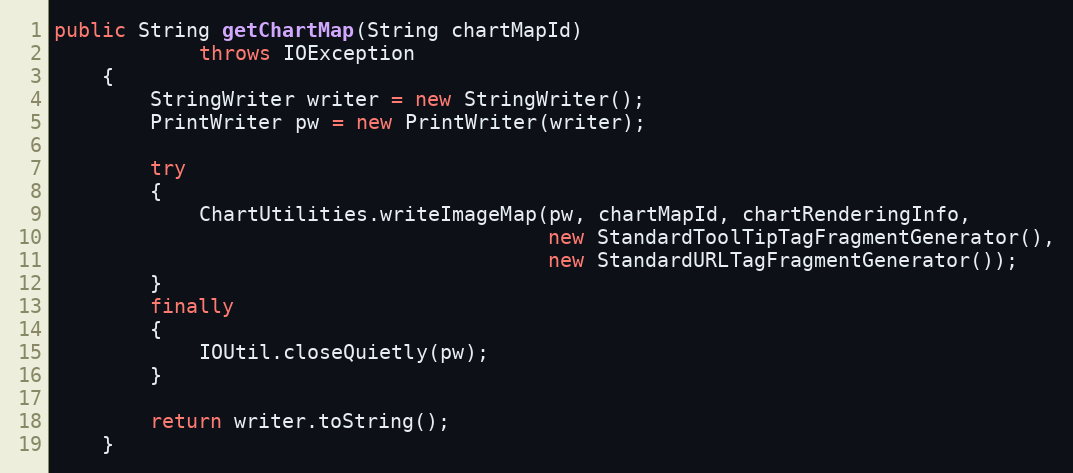
Language: Java
public String getChartMap(String chartMapId)
			throws IOException
	{
		StringWriter writer = new StringWriter();
		PrintWriter pw = new PrintWriter(writer);

		try
		{
			ChartUtilities.writeImageMap(pw, chartMapId, chartRenderingInfo,
										 new StandardToolTipTagFragmentGenerator(),
										 new StandardURLTagFragmentGenerator());
		}
		finally
		{
			IOUtil.closeQuietly(pw);
		}

		return writer.toString();
	}